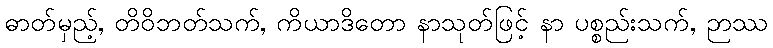
ဓာတ်မှည့်, တိဝိဘတ်သက်, ကိယာဒိတော နာသုတ်ဖြင့် နာ ပစ္စည်းသက်, ဉာဿ